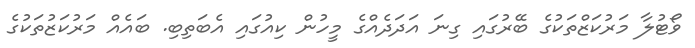
ވޯޓުލާ މަރުކަޒްތަކުގެ ބޭރުގައި ގިނަ އަދަދެއްގެ މީހުން ކިއުގައި އެބަތިބި. ބައެއް މަރުކަޒުތަކުގެ